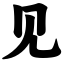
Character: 见